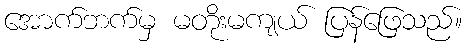
အောက်ဘက်မှ မတိုးမကျယ် ပြန်ဖြေသည်။